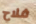
فلاح